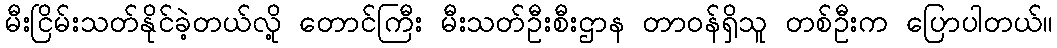
မီးငြိမ်းသတ်နိုင်ခဲ့တယ်လို့ တောင်ကြီး မီးသတ်ဦးစီးဌာန တာဝန်ရှိသူ တစ်ဦးက ပြောပါတယ်။